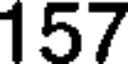
157